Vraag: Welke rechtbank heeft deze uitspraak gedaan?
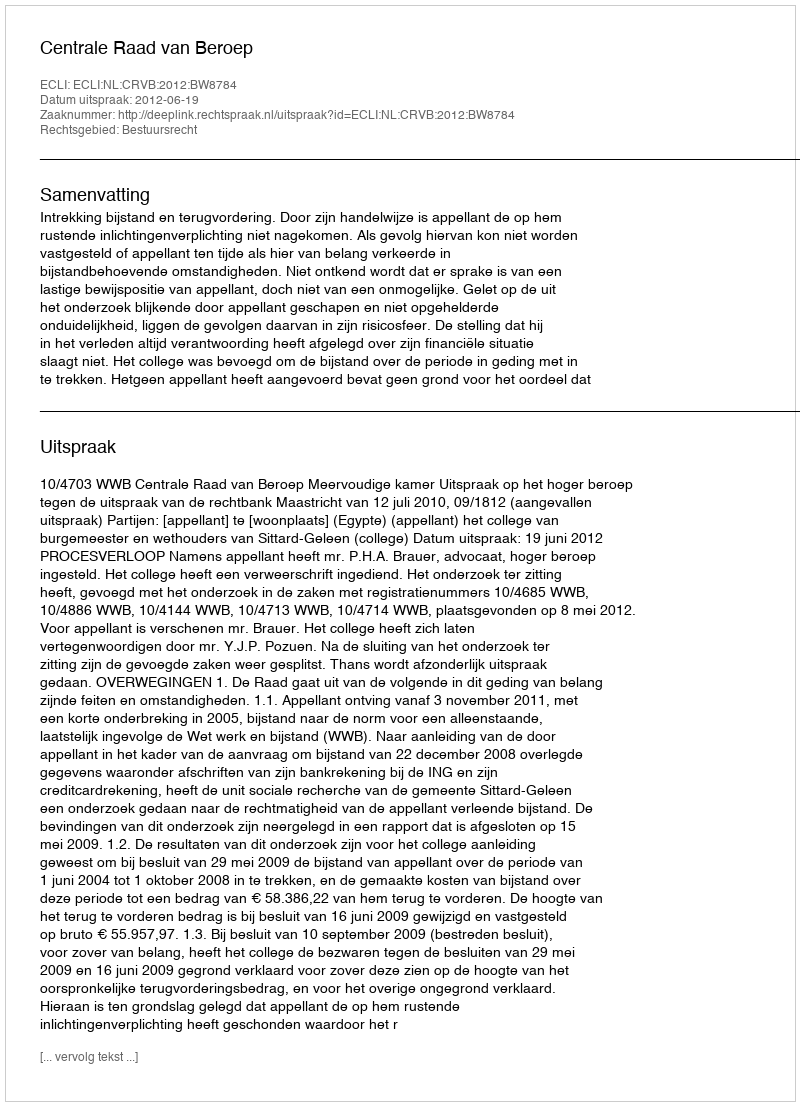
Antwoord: Centrale Raad van Beroep